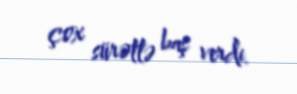
çox sürətlə baş verdi.